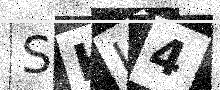
Text: SHJ4